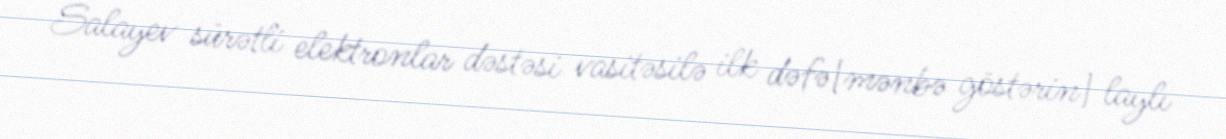
Salayev sürətli elektronlar dəstəsi vasitəsilə ilk dəfə[mənbə göstərin] laylı